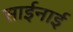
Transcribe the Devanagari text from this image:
साईनाई